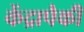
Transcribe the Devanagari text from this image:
केंद्रापैकी